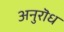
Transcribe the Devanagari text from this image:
अनुरॊध